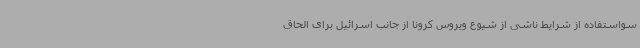
سواستفاده از شرایط ناشی از شیوع ویروس کرونا از جانب اسرائیل برای الحاق